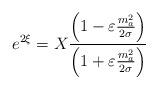
LaTeX: \begin{align*}e^{2\xi }=X\frac{\left( 1-\varepsilon \frac{m_a^2}{2\sigma }\right) }{\left(1+\varepsilon \frac{m_a^2}{2\sigma }\right) }\end{align*}